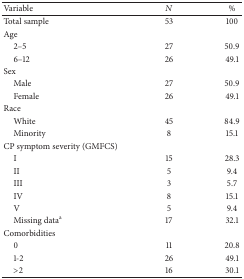
<table><thead><tr><td><b>Variable</b></td><td><b><i>N</i></b></td><td><b>%</b></td></tr></thead><tbody><tr><td>Total sample </td><td>53</td><td>100</td></tr><tr><td>Age</td><td> </td><td> </td></tr><tr><td> 2–5</td><td>27</td><td>50.9</td></tr><tr><td> 6–12</td><td>26</td><td>49.1</td></tr><tr><td>Sex</td><td> </td><td> </td></tr><tr><td> Male</td><td>27</td><td>50.9</td></tr><tr><td> Female</td><td>26</td><td>49.1</td></tr><tr><td>Race</td><td> </td><td> </td></tr><tr><td> White</td><td>45</td><td>84.9</td></tr><tr><td> Minority</td><td>8</td><td>15.1</td></tr><tr><td>CP symptom severity (GMFCS)</td><td> </td><td> </td></tr><tr><td> I</td><td>15</td><td>28.3</td></tr><tr><td> II</td><td>5</td><td>9.4</td></tr><tr><td> III</td><td>3</td><td>5.7</td></tr><tr><td> IV</td><td>8</td><td>15.1</td></tr><tr><td> V</td><td>5</td><td>9.4</td></tr><tr><td> Missing data<sup>a</sup></td><td>17</td><td>32.1</td></tr><tr><td>Comorbidities</td><td> </td><td> </td></tr><tr><td> 0</td><td>11</td><td>20.8</td></tr><tr><td> 1-2</td><td>26</td><td>49.1</td></tr><tr><td> &gt;2</td><td>16</td><td>30.1</td></tr></tbody></table>